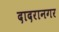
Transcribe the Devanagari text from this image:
दादरानगर